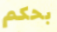
بحكم